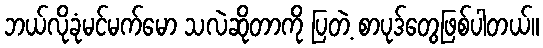
ဘယ်လိုခုံမင်မက်မော သလဲဆိုတာကို ပြတဲ့ စာပုဒ်တွေဖြစ်ပါတယ်။